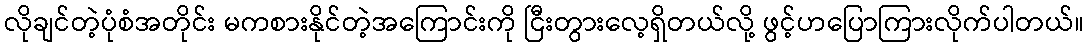
လိုချင်တဲ့ပုံစံအတိုင်း မကစားနိုင်တဲ့အကြောင်းကို ငြီးတွားလေ့ရှိတယ်လို့ ဖွင့်ဟပြောကြားလိုက်ပါတယ်။